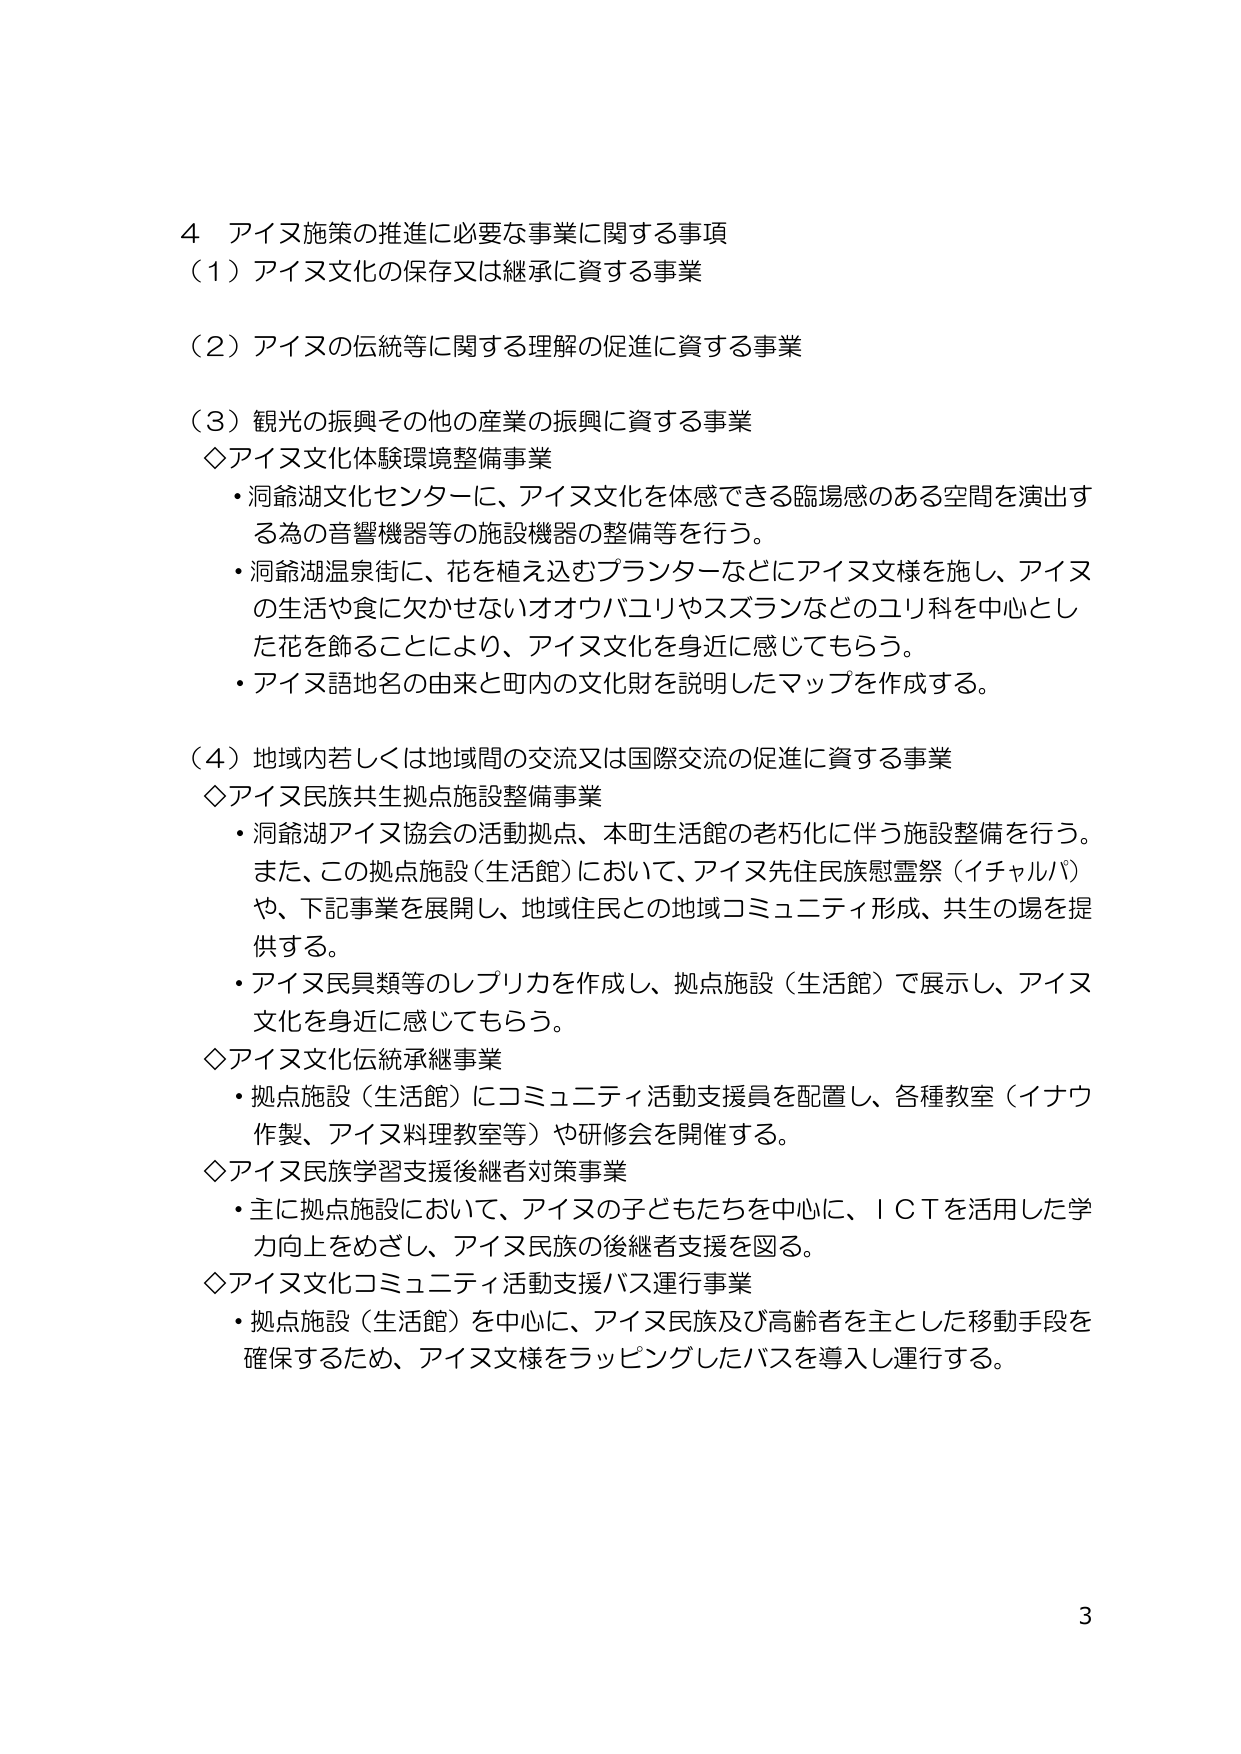
4 アイヌ施策の推進に必要な事業に関する事項
（1）アイヌ文化の保存又は継承に資する事業
（2）アイヌの伝統等に関する理解の促進に資する事業
（3）観光の振興その他産業の振興に資する事業
◇アイヌ文化体験環境整備事業
・洞爺湖文化センターに、アイヌ文化を体感できる臨場感のある空間を演出する為の音響機器等の施設機器の整備等を行う。
・洞爺湖温泉街に、花を植え込むプランターなどにアイヌ文様を施し、アイヌの生活や食に欠かせないオオウバユリやスズランなどのユリ科を中心とした花を飾ることにより、アイヌ文化を身近に感じてもらう。
・アイヌ語地名の由来と町内の文化財を説明したマップを作成する。
（4）地域内若しくは地域間の交流又は国際交流の促進に資する事業
◇アイヌ民族共生拠点施設整備事業
・洞爺湖アイヌ協会の活動拠点、本町生活館の老朽化に伴う施設整備を行う。また、この拠点施設（生活館）において、アイヌ先住民族慰霊祭（イチャルバ）や、下記事業を展開し、地域住民との地域コミュニティ形成、共生の場を提供する。
・アイヌ民具類等のレプリカを作成し、拠点施設（生活館）で展示し、アイヌ文化を身近に感じてもらう。
◇アイヌ文化伝統承継事業
・拠点施設（生活館）にコミュニティ活動支援員を配置し、各種教室（イナウ作製、アイヌ料理教室等）や研修会を開催する。
◇アイヌ民族学習支援後継者対策事業
・主に拠点施設において、アイヌの子どもたちを中心に、ＩＣＴを活用した学力向上をめざし、アイヌ民族の後継者支援を図る。
◇アイヌ文化コミュニティ活動支援バス運行事業
・拠点施設（生活館）を中心に、アイヌ民族及び高齢者を主とした移動手段を確保するため、アイヌ文様をラッピングしたバスを導入し運行する。
3